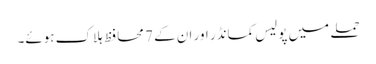
حملے میں پولیس کمانڈر اور ان کے 7 محافظ ہلاک ہوئے۔